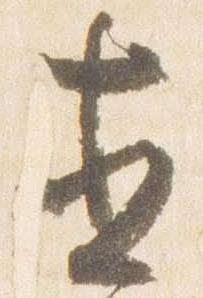
直